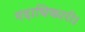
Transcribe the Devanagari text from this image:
पदाधिकारी।